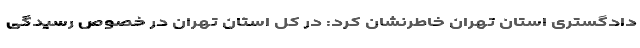
دادگستری استان تهران خاطرنشان کرد: در کل استان تهران در خصوص رسیدگی